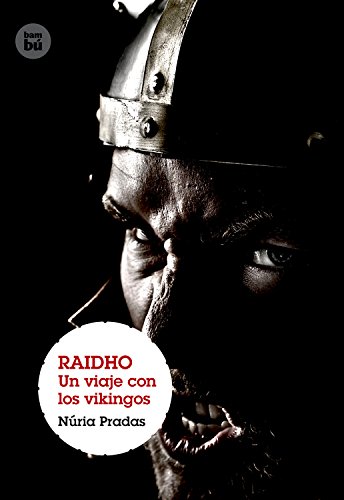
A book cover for Raidho: Un viaje con los vikingos (Grandes lectores: Grandes viajes) (Spanish Edition); Nuria Pradas; Teen & Young Adult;